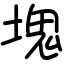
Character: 塊